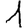
Digit: 1